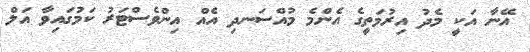
އޭނާ އަކީ މެދު އިރުމަތީގެ އެންމެ މުއްސަނދި އެއް އިންވެސްޓަރު ކަމުގައިވާ އަލް